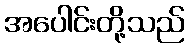
အပေါင်းတို့သည်